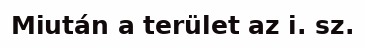
Miután a terület az i. sz.